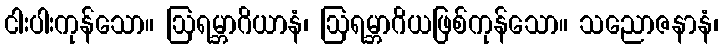
ငါးပါးကုန်သော။ ဩရမ္ဘာဂိယာနံ၊ ဩရမ္ဘာဂိယဖြစ်ကုန်သော။ သညောဇနာနံ၊